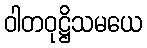
ဝါတဝုဋ္ဌိသမယေ